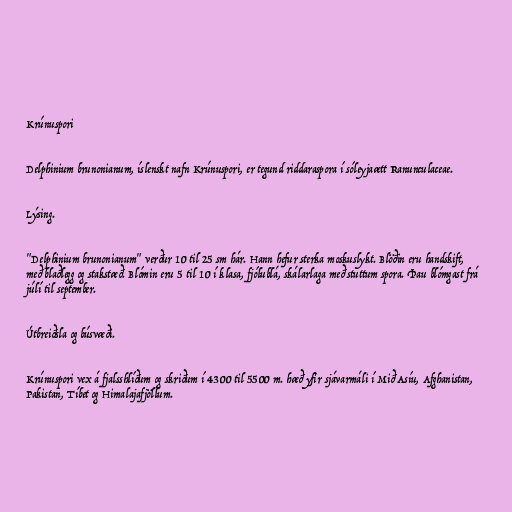
Krúnuspori

Delphinium brunonianum, íslenskt nafn Krúnuspori, er tegund riddaraspora í sóleyjaætt Ranunculaceae.

Lýsing.

"Delphinium brunonianum" verður 10 til 25 sm hár. Hann hefur sterka moskuslykt. Blöðin eru handskift,
með blaðlegg og stakstæð. Blómin eru 5 til 10 í klasa, fjólublá, skálarlaga með stuttum spora. Þau blómgast frá
júlí til september.

Útbreiðsla og búsvæði.

Krúnuspori vex á fjalsshlíðum og skriðum í 4300 til 5500 m. hæð yfir sjávarmáli í Mið Asíu, Afghanistan,
Pakistan, Tíbet og Himalajafjöllum.